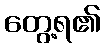
တွေ့ရ၏